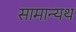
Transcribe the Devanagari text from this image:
सामान्यथ